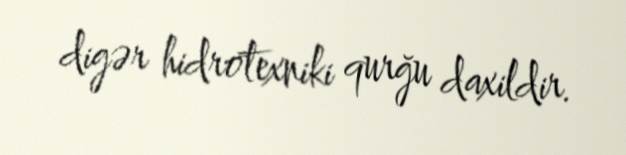
digər hidrotexniki qurğu daxildir.